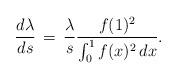
LaTeX: \begin{align*}\frac{d\lambda}{ds}\,=\,\frac{\lambda}{s}\frac{f(1)^{2}} {\int_{0}^{1}f(x)^{2}\,dx}.\end{align*}